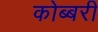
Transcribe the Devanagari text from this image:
कोब्बरी